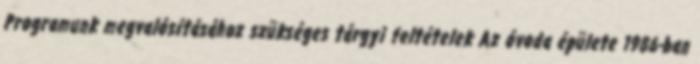
Programunk megvalósításához szükséges tárgyi feltételek Az óvoda épülete 1986-ban